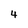
Character: 4